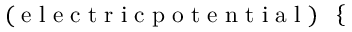
\small \mathrm { ~ ( ~ e ~ l ~ e ~ c ~ t ~ r ~ i ~ c ~ p ~ o ~ t ~ e ~ n ~ t ~ i ~ a ~ l ~ ) ~ } \ \left\{ \begin{array} { r l } \end{array} \right.